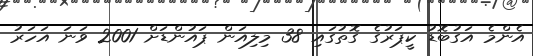
އެންމެ އަގުބޮޑު ކީޕަރުގެ ގޮތުގައި 38 މިލިއަން ޕައުންޑަށް 2001 ވަނަ އަހަރު